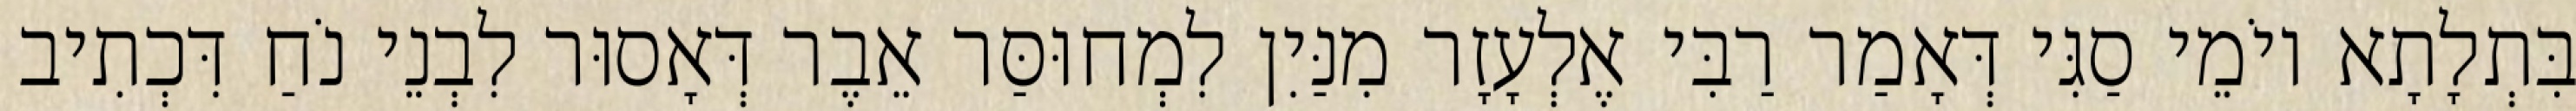
בִּתְלָתָא יוֹמֵי סַגִּי דְּאָמַר רַבִּי אֶלְעָזָר מִנַּיִן לִמְחוּסַּר אֵבֶר דְּאָסוּר לִבְנֵי נֹחַ דִּכְתִיב